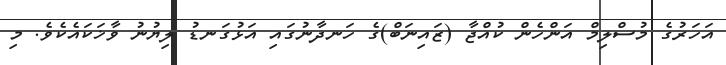
އަހަރުގެ މުސްލިމް އަންހެން ކުއްޖާ (ޒައިނަބް)ގެ ހަނދާނުގައި އަޅުގަނޑު ލިޔުނު ވާޚަކައެކެވެ. މި